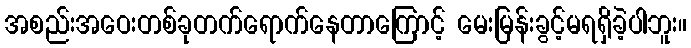
အစည်းအဝေးတစ်ခုတက်ရောက်နေတာကြောင့် မေးမြန်းခွင့်မရရှိခဲ့ပါဘူး။